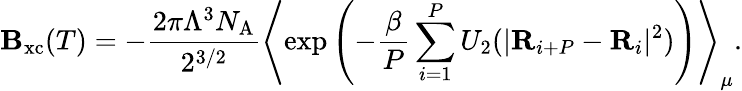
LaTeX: \mathbf{B}_{\mathrm{{xc}}}(T)=-\frac{{2\pi\Lambda^{3}N_{\mathrm{{A}}}}}{{2^{3/2}}}\left\langle\exp\left(-\frac{{\beta}}{{P}}\sum_{i=1}^{P}U_{2}(|\mathbf{{R}}_{i+P}-\mathbf{{R}}_{i}|^{2})\right)\right\rangle_{\mu}.